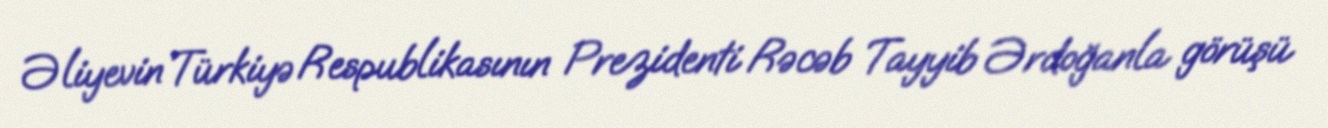
Əliyevin Türkiyə Respublikasının Prezidenti Rəcəb Tayyib Ərdoğanla görüşü